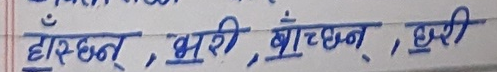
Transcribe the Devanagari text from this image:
हाँस्छन् , भूरी , भाँच्छन् , धुरी